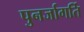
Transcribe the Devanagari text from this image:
पुनर्जागर्ति